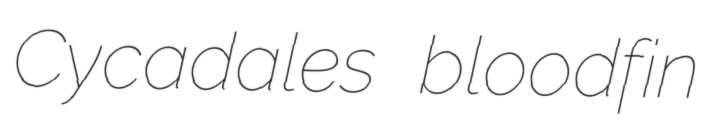
Cycadales bloodfin